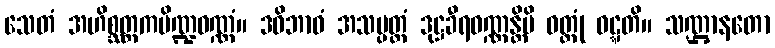
သေတံ အဟိစ္ဆတ္တကပိဏ္ဍဝဏ္ဏံ။ ဒဓိဘာဝံ အသမ္ပတ္တံ ဒုဋ္ဌခီရဝဏ္ဏန္တိပိ ဝတ္တုံ ဝဋ္ဋတိ။ သဏ္ဌာနတော